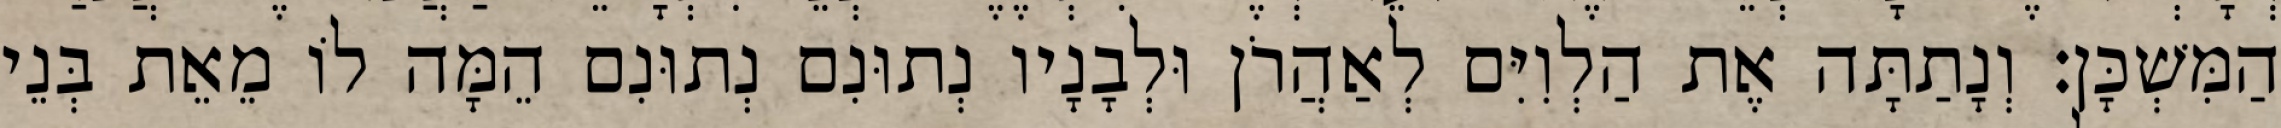
הַמִּשְׁכָּן׃ וְנָתַתָּה אֶת הַלְוִיִּם לְאַהֲרֹן וּלְבָנָיו נְתוּנִם נְתוּנִם הֵמָּה לוֹ מֵאֵת בְּנֵי